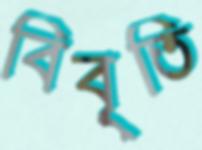
বিবৃতি